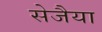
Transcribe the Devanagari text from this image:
सेजैया